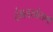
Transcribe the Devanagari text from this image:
दंगलखोराणी